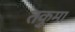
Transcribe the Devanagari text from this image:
तकुमा